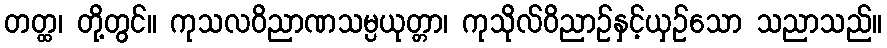
တတ္ထ၊ တို့တွင်။ ကုသလဝိညာဏသမ္ပယုတ္တာ၊ ကုသိုလ်ဝိညာဉ်နှင့်ယှဉ်သော သညာသည်။